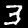
Digit: 3